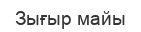
Зығыр майы